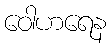
ဝေါဟရေန